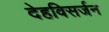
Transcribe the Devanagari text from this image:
देहविसर्जन